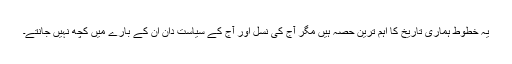
یہ خطوط ہماری تاریخ کا اہم ترین حصہ ہیں مگر آج کی نسل اور آج کے سیاست دان ان کے بارے میں کچھ نہیں جانتے۔